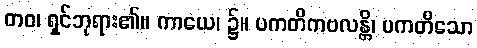
တဝ၊ ရှင်ဘုရား၏။ ကာယေ၊ ၌။ ပကတိကဗလန္တိ၊ ပကတိသော